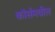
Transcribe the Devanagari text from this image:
कॉर्समधील